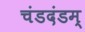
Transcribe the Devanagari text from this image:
चंडदंडम्